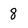
Character: 8